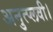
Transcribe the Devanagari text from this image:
अनुत्प्लवी।